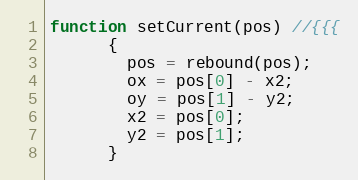
Language: JavaScript
function setCurrent(pos) //{{{
      {
        pos = rebound(pos);
        ox = pos[0] - x2;
        oy = pos[1] - y2;
        x2 = pos[0];
        y2 = pos[1];
      }